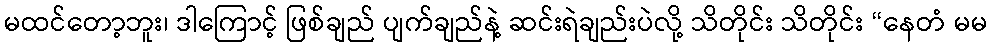
မထင်တော့ဘူး၊ ဒါကြောင့် ဖြစ်ချည် ပျက်ချည်နဲ့ ဆင်းရဲချည်းပဲလို့ သိတိုင်း သိတိုင်း “နေတံ မမ